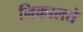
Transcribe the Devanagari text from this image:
निकालते